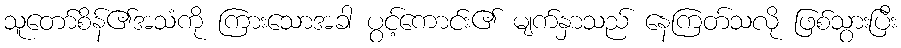
သူတော်စိန်၏အသံကို ကြားသောအခါ ပွင့်ကောင်း၏ မျက်နှာသည် နေကြတ်သလို ဖြစ်သွားပြီး